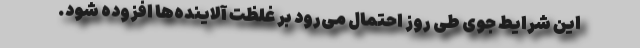
این شرایط جوی طی روز احتمال می‌رود بر غلظت آلاینده‌ها افزوده شود.